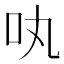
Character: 𠮬